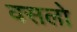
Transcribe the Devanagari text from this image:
वसलो